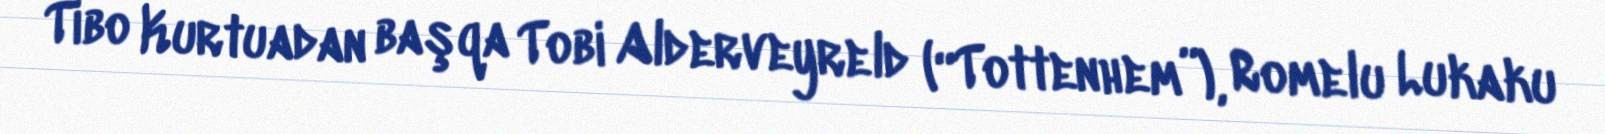
Tibo Kurtuadan başqa Tobi Alderveyreld (“Tottenhem”), Romelu Lukaku